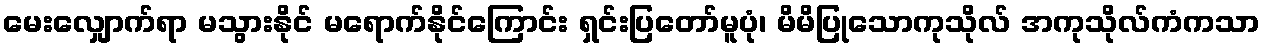
မေးလျှောက်ရာ မသွားနိုင် မရောက်နိုင်ကြောင်း ရှင်းပြတော်မူပုံ၊ မိမိပြုသောကုသိုလ် အကုသိုလ်ကံကသာ